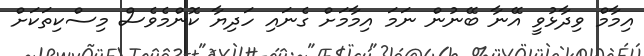
އިމާމް ވިދާޅުވީ އޭނާ ބޭނުން ނަމަ އިމާމަށް ގެނައި ހަދިޔާ ކޮންމެވެސް މިސްކިތަކަށް